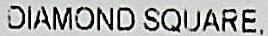
DIAMOND SQUARE,